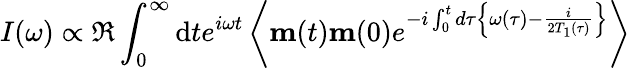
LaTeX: I(\omega)\propto\Re\int_{0}^{\infty}\mathrm{d}te^{i\omega t}\left\langle\mathbf{m}(t)\mathbf{m}(0)e^{-i\int_{0}^{t}d\tau\left\{ \omega(\tau)-\frac{i}{2T_{1}(\tau)}\right\} }\right\rangle